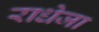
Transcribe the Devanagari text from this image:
राधेजा